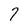
Character: 7